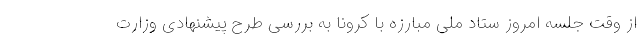
از وقت جلسه امروز ستاد ملی مبارزه با کرونا به بررسی طرح پیشنهادی وزارت